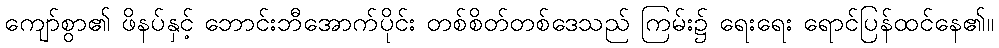
ကျော်စွာ၏ ဖိနပ်နှင့် ဘောင်းဘီအောက်ပိုင်း တစ်စိတ်တစ်ဒေသည် ကြမ်း၌ ရေးရေး ရောင်ပြန်ထင်နေ၏။